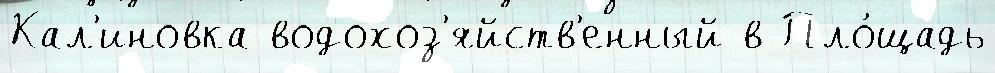
Кал'иновка водохоз'яйств'енный в Пло́щадь